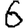
Digit: 6